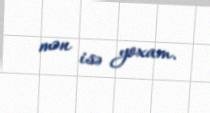
mən isə yoxam.